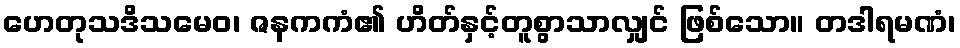
ဟေတုသဒိသမေဝ၊ ဇနကကံ၏ ဟိတ်နှင့်တူစွာသာလျှင် ဖြစ်သော။ တဒါရမဏံ၊